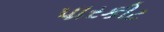
પારકીટ